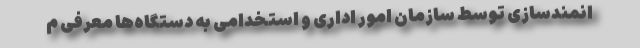
انمندسازی توسط سازمان امور اداری و استخدامی به دستگاه‌ها معرفی ‌م